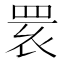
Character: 𦊷